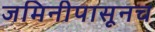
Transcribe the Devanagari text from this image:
जमिनीपासूनच